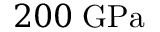
2 0 0 \; \mathrm { G P a }